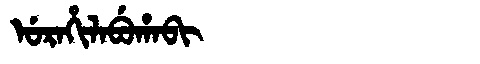
Manchu: ᡠᡵᠠᡥᡳᠯᠠᠪᡠᡥᠠᠪᡳ
Romanization: URAHILABUHABI